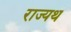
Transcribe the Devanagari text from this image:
राज्यथ